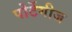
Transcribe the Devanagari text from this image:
पोर्टेगीज